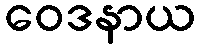
ဝေဒနာယ